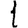
Digit: 1